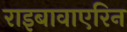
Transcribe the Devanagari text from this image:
राइबावाएरिन